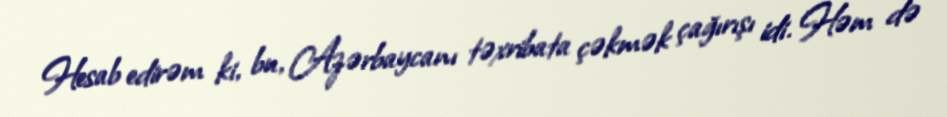
Hesab edirəm ki, bu, Azərbaycanı təxribata çəkmək çağırışı idi. Həm də